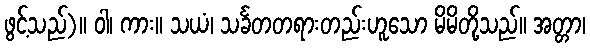
ဖွင့်သည်)။ ဝါ၊ ကား။ သယံ၊ သင်္ခတတရားတည်းဟူသော မိမိတို့သည်။ အတ္တာ၊